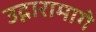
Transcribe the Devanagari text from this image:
उद्गारामागे